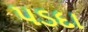
પડદા